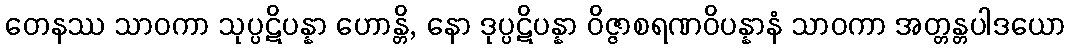
တေနဿ သာဝကာ သုပ္ပဋိပန္နာ ဟောန္တိ, နော ဒုပ္ပဋိပန္နာ ဝိဇ္ဇာစရဏဝိပန္နာနံ သာဝကာ အတ္တန္တပါဒယော